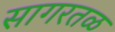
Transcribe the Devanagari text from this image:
सागरतळ